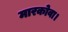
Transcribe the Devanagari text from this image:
मारकोवा।